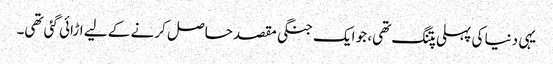
یہی دنیا کی پہلی پتنگ تھی، جو ایک جنگی مقصد حاصل کرنے کے لیے اڑائی گئی تھی۔